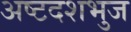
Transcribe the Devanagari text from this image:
अष्टदशभुज